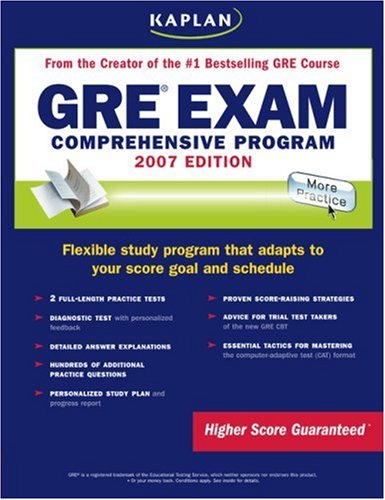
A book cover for Kaplan GRE Exam, 2007 Edition: Comprehensive Program; Kaplan; Test Preparation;